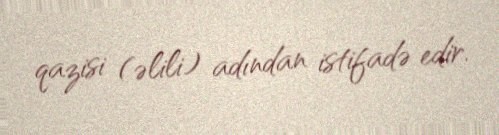
qazisi (əlili) adından istifadə edir.